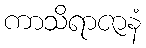
ကာသိရာဇာနံ